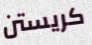
كريستن